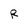
Character: R